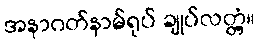
အနာဂတ်နာမ်ရုပ် ချုပ်လတ္တံ့။